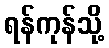
ရန်ကုန်သို့